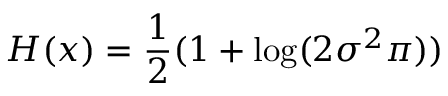
H ( x ) = { \frac { 1 } { 2 } } ( 1 + \log ( 2 \sigma ^ { 2 } \pi ) )